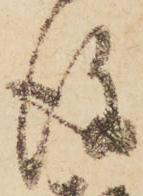
後